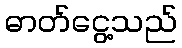
ဓာတ်ငွေ့သည်